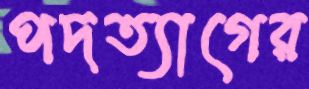
পদত্যাগের